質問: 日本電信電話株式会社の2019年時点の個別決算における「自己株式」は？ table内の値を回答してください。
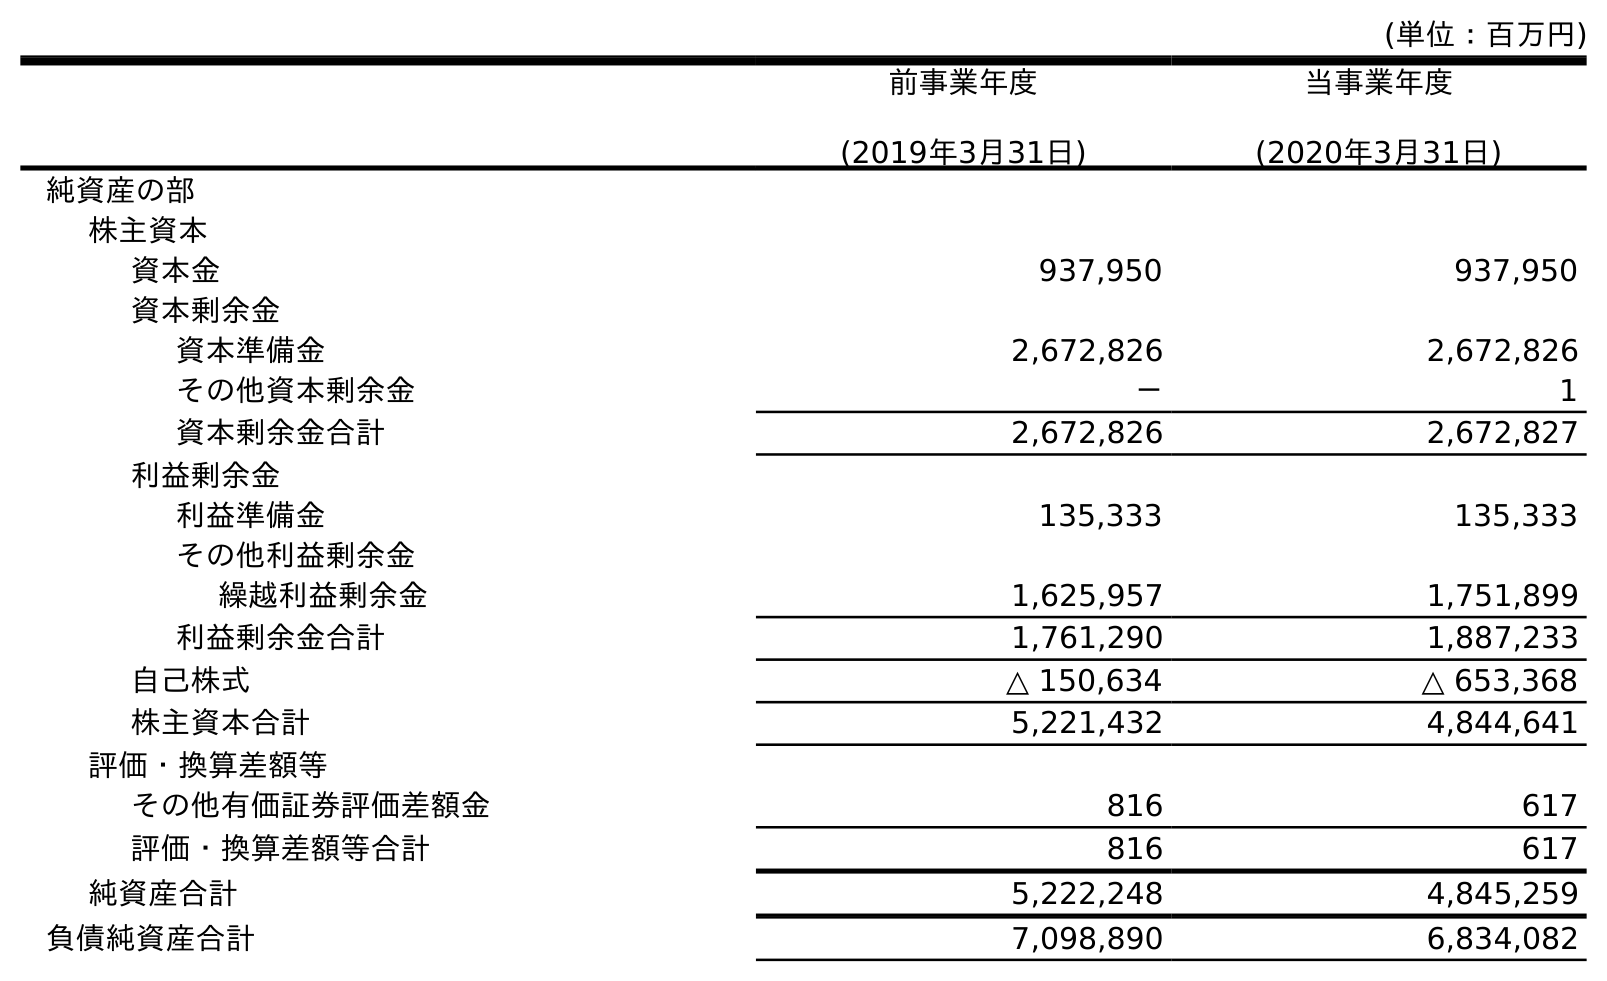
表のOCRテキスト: (単位：百万円) 前事業年度 (2019年3月31日) 当事業年度 (2020年3月31日) 純資産の部 株主資本 資本金 937,950 937,950 資本剰余金 資本準備金 2,672,826 2,672,826 その他資本剰余金 － 1 資本剰余金合計 2,672,826 2,672,827 利益剰余金 利益準備金 135,333 135,333 その他利益剰余金 繰越利益剰余金 1,625,957 1,751,899 利益剰余金合計 1,761,290 1,887,233 自己株式 △ 150,634 △ 653,368 株主資本合計 5,221,432 4,844,641 評価・換算差額等 その他有価証券評価差額金 816 617 評価・換算差額等合計 816 617 純資産合計 5,222,248 4,845,259 負債純資産合計 7,098,890 6,834,082
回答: △150,634